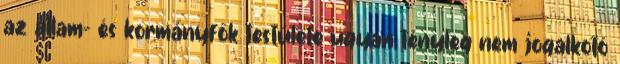
az állam- és kormányfők testülete ugyan tényleg nem jogalkotó